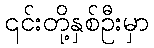
၎င်းတို့နှစ်ဦးမှာ